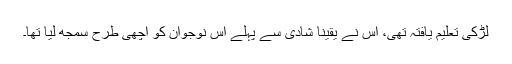
لڑکی تعلیم یافتہ تھی، اس نے یقیناً شادی سے پہلے اس نوجوان کو اچھی طرح سمجھ لیا تھا۔